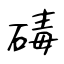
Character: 碡